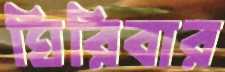
ঘিরিবার